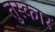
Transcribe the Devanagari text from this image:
तुस्कार